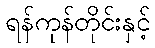
ရန်ကုန်တိုင်းနှင့်